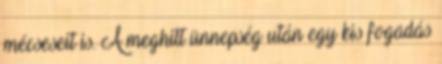
mécseseit is. A meghitt ünnepség után egy kis fogadás